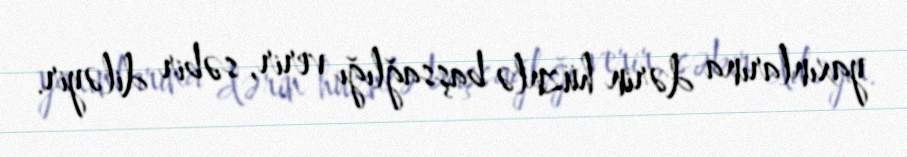
yaxınlarına dərin hüznlə başsağlığı verir, səbir diləyir.